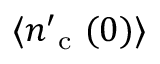
\langle n _ { \mathrm { ~ c ~ } } ^ { \prime } ( 0 ) \rangle